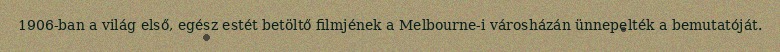
1906-ban a világ első, egész estét betöltő filmjének a Melbourne-i városházán ünnepelték a bemutatóját.